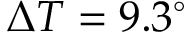
\Delta T = 9 . 3 ^ { \circ }